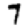
Digit: 7